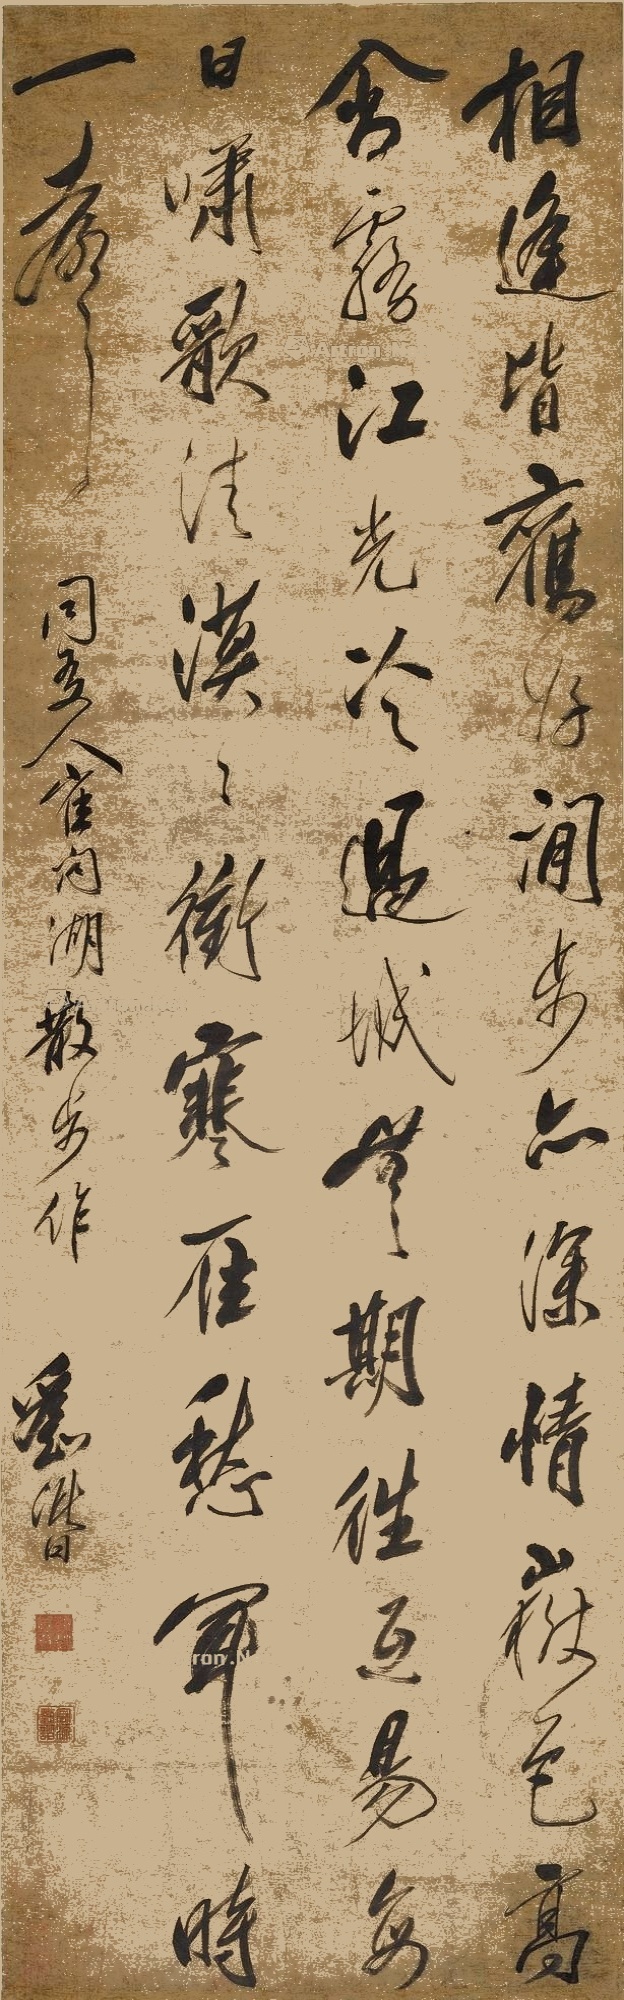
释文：相逢皆旧好，闲步亦深情。岳色高含雾，江光冷过城。无期徃互易，每日啸歌清。漠漠冲寒雁，愁闻时一都。同友人崔问湖散步作。刘谐。